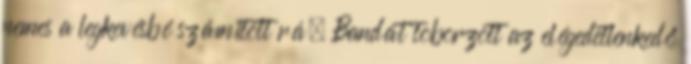
nemes a legkevésbé számított rá. Bandát toborzott az elégedetlenkedő